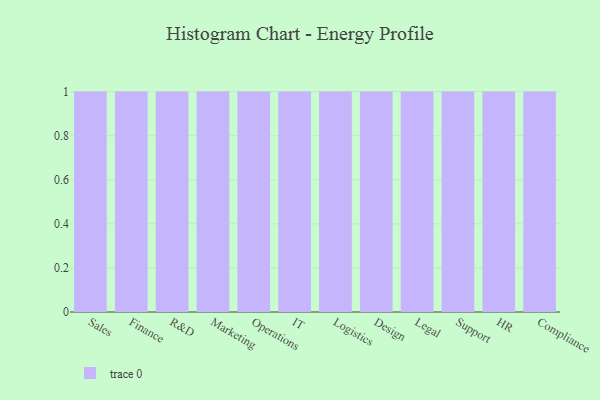
{"axis": {"x": "Department", "y": "Inventory Turnover"}, "legend": [""], "data": [{"x": "Sales", "y": 76, "type": ""}, {"x": "Finance", "y": 75, "type": ""}, {"x": "R&D", "y": 97, "type": ""}, {"x": "Marketing", "y": 56, "type": ""}, {"x": "Operations", "y": 75, "type": ""}, {"x": "IT", "y": 35, "type": ""}, {"x": "Logistics", "y": 16, "type": ""}, {"x": "Design", "y": 15, "type": ""}, {"x": "Legal", "y": 80, "type": ""}, {"x": "Support", "y": 63, "type": ""}, {"x": "HR", "y": 5, "type": ""}, {"x": "Compliance", "y": 81, "type": ""}]}